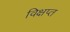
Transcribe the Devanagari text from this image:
विक्षप्त